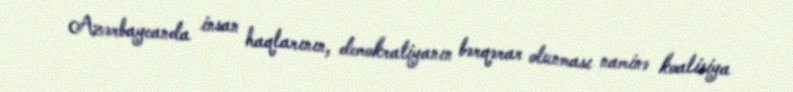
Azərbaycanda insan haqlarının, demokratiyanın bərqərar olunması naminə koalisiya